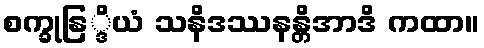
စက္ခုနြ္ဒိယံ သနိဒဿနန္တိအာဒိ ကထာ။